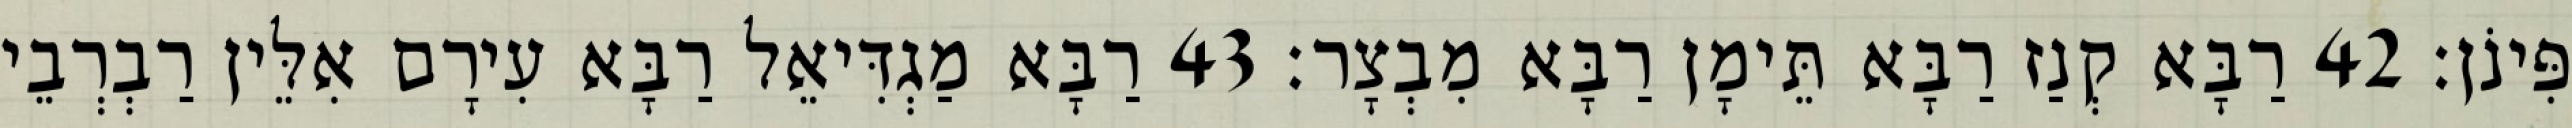
פִּינֹן׃ 42 רַבָּא קְנַז רַבָּא תֵּימָן רַבָּא מִבְצָר׃ 43 רַבָּא מַגְדִּיאֵל רַבָּא עִירָם אִלֵּין רַבְרְבֵי